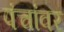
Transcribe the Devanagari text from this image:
पंचांवर